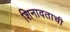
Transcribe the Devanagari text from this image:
शिनावताची